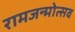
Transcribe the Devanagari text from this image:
रामजन्मोत्सव